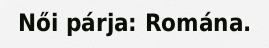
Női párja: Romána.